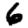
Digit: 6